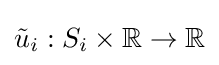
{\tilde {u}}_{i}:S_{i}\times \mathbb {R} \to \mathbb {R}